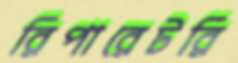
রিপারেটরি